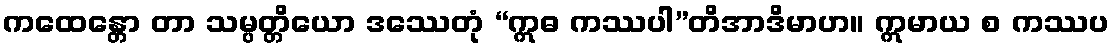
ကထေန္တော တာ သမ္ပတ္တိယော ဒဿေတုံ “ဣဓ ကဿပါ”တိအာဒိမာဟ။ ဣမာယ စ ကဿပ